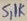
Text: 5,1K